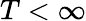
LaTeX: T<\infty